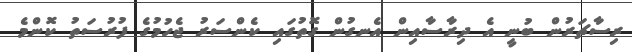
ރިސާޗަރުން ބުނީ އެ ދިރާސާއިން އެނގުން ގޮތުގައި ކެންސަރު ޖެހުމުގެ ފުރުސަތު ކޮންމެ